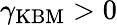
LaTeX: \gamma_{\mathrm{KBM}}>0